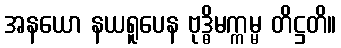
အနယော နယရူပေန ဗုဒ္ဓိမက္ကမ္မ တိဋ္ဌတိ။